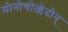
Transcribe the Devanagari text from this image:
मोनोचोत्य्लेदोन्